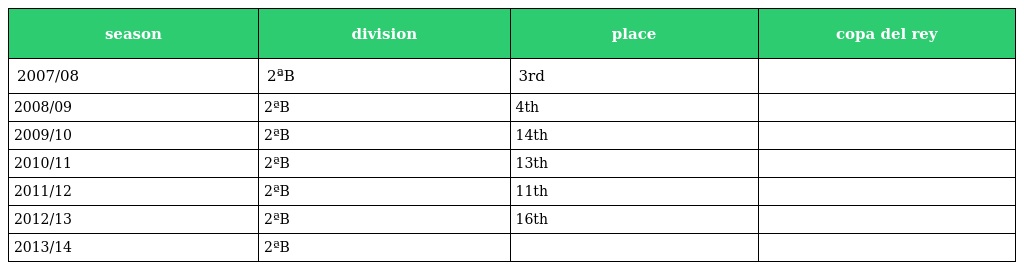
| season | division | place | copa del rey |
 | --- | --- | --- | --- |
 | 2007/08 | 2ªB | 3rd |  |
 | 2008/09 | 2ªB | 4th |  |
 | 2009/10 | 2ªB | 14th |  |
 | 2010/11 | 2ªB | 13th |  |
 | 2011/12 | 2ªB | 11th |  |
 | 2012/13 | 2ªB | 16th |  |
 | 2013/14 | 2ªB |  |  |